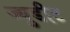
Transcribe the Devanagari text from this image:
ज्युडीट